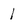
Character: 1